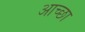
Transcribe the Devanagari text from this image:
आच्छा